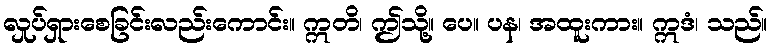
လှုပ်ရှားစေခြင်းလည်းကောင်း။ ဣတိ၊ ဤသို့။ ပေ။ ပန၊ အထူးကား။ ဣဒံ၊ သည်။